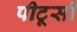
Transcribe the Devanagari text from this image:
पीटूसी